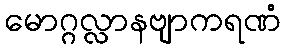
မောဂ္ဂလ္လာနဗျာကရဏံ